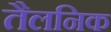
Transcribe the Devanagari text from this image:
तैलनिक